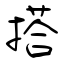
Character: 搭